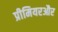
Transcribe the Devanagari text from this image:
प्रीमियरऔर